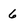
Character: 6